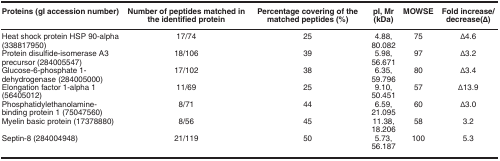
<table><thead><tr><td><b>Proteins (gI accession number)</b></td><td><b>Number of peptides matched in the identified protein</b></td><td><b>Percentage covering of the matched peptides (%)</b></td><td><b>pI, Mr (kDa)</b></td><td><b>MOWSE</b></td><td><b>Fold increase/decrease(Δ)</b></td></tr></thead><tbody><tr><td>Heat shock protein HSP 90-alpha (338817950)</td><td>17/74</td><td>25</td><td>4.88, 80.082</td><td>75</td><td>Δ4.6</td></tr><tr><td>Protein disulfide-isomerase A3 precursor (284005547)</td><td>18/106</td><td>39</td><td>5.98, 56.671</td><td>97</td><td>Δ3.2</td></tr><tr><td>Glucose-6-phosphate 1-dehydrogenase (284005000)</td><td>17/102</td><td>38</td><td>6.35, 59.796</td><td>80</td><td>Δ3.4</td></tr><tr><td>Elongation factor 1-alpha 1 (56405012)</td><td>11/69</td><td>25</td><td>9.10, 50.451</td><td>57</td><td>Δ13.9</td></tr><tr><td>Phosphatidylethanolamine-binding protein 1 (75047560)</td><td>8/71</td><td>44</td><td>6.59, 21.095</td><td>60</td><td>Δ3.0</td></tr><tr><td>Myelin basic protein (17378880)</td><td>8/56</td><td>45</td><td>11.38, 18.206</td><td>58</td><td>3.2</td></tr><tr><td>Septin-8 (284004948)</td><td>21/119</td><td>50</td><td>5.73, 56.187</td><td>100</td><td>5.3</td></tr></tbody></table>